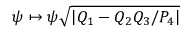
\psi \mapsto \psi \sqrt { | Q _ { 1 } - Q _ { 2 } Q _ { 3 } / P _ { 4 } | }